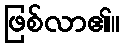
ဖြစ်လာ၏။